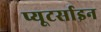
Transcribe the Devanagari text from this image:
प्यूटर्साइन